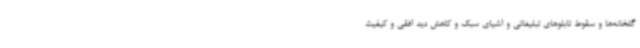
گلخانه‌ها و سقوط تابلوهای تبلیغاتی و اشیای سبک و کاهش دید افقی و کیفیت